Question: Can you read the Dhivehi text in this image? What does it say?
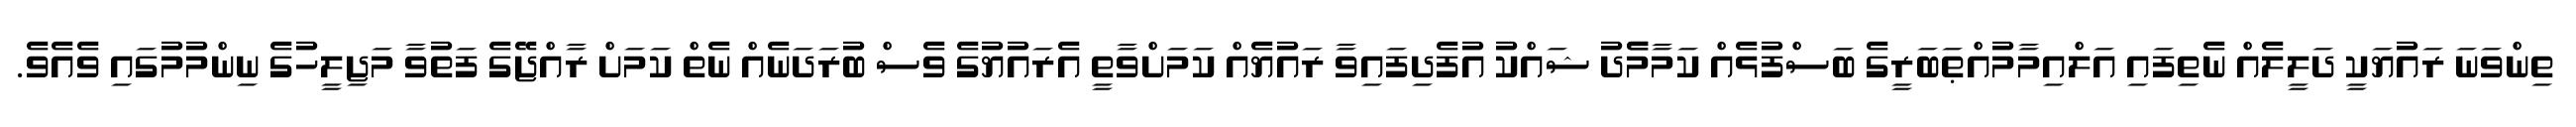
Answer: ތިންވަނަ ރައުޔަކީ ދަލީލެއް ނެތިފައި އަލްއިމާމުއްޠަބަރީގެ ބަސްފުޅެއް ކަމާމެެދު ޝައްކު އުފެދިފައިވާ ރައުޔެއް ކަމަށްވާތީ އެރައުޔުގެ ވެސް ބުރަދަނެއް ނެތް ކަމަށް ރާއްޖޭގެ ފަތުވާ މަޖިލީހުގެ ނިންމުމުގައި ވެއެވެ.